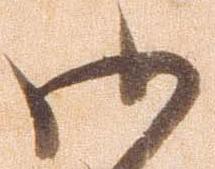
御